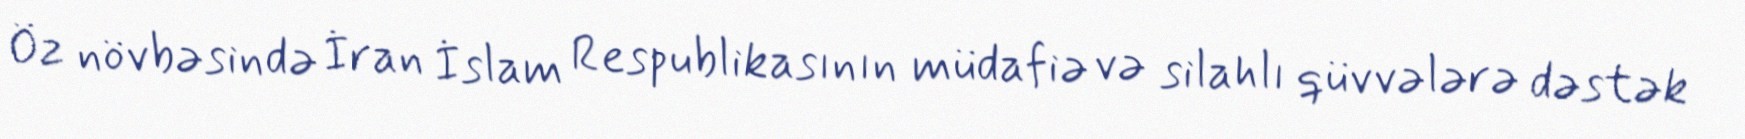
Öz növbəsində İran İslam Respublikasının müdafiə və silahlı qüvvələrə dəstək